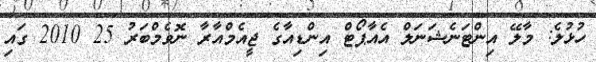
ހުޅުލެ: މާލޭ އިންޓަނެޝަނަލް އެއާޕޯޓް އިންޑިއާގެ ޖީއެމްއާރާ ނޮވެމްބަރު 25 2010 ގައި